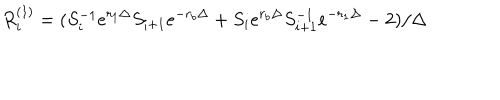
R _ { i } ^ { ( 1 ) } = ( S _ { i } ^ { - 1 } e ^ { r _ { 1 } \Delta } S _ { i + 1 } e ^ { - r _ { b } \Delta } + S _ { i } e ^ { r _ { b } \Delta } S _ { i + 1 } ^ { - 1 } e ^ { - r _ { 1 } \Delta } - 2 ) / \Delta